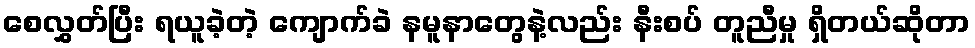
စေလွှတ်ပြီး ရယူခဲ့တဲ့ ကျောက်ခဲ နမူနာတွေနဲ့လည်း နီးစပ် တူညီမှု ရှိတယ်ဆိုတာ